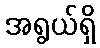
အရွယ်ရှိ